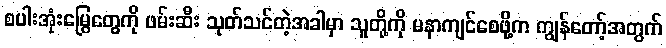
စပါးအုံးမြွေတွေကို ဖမ်းဆီး သုတ်သင်တဲ့အခါမှာ သူတို့ကို မနာကျင်စေဖို့က ကျွန်တော့်အတွက်